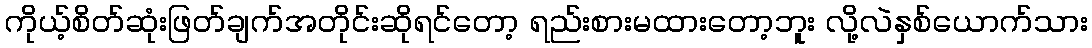
ကိုယ့်စိတ်ဆုံးဖြတ်ချက်အတိုင်းဆိုရင်တော့ ရည်းစားမထားတော့ဘူး လို့လဲနှစ်ယောက်သား